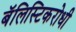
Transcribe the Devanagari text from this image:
बॅलिस्टिकरोधी